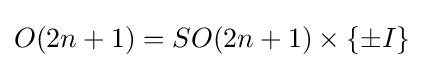
O(2n+1)=SO(2n+1)\times \{\pm I\}